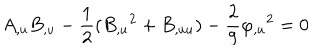
A _ { , u } B _ { , u } - \frac { 1 } { 2 } ( B _ { , u } { } ^ { 2 } + B _ { , u u } ) - \frac { 2 } { 9 } \varphi _ { , u } { } ^ { 2 } = 0